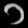
Digit: ၁